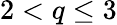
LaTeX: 2<q\leq 3